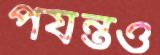
পর্যন্তও